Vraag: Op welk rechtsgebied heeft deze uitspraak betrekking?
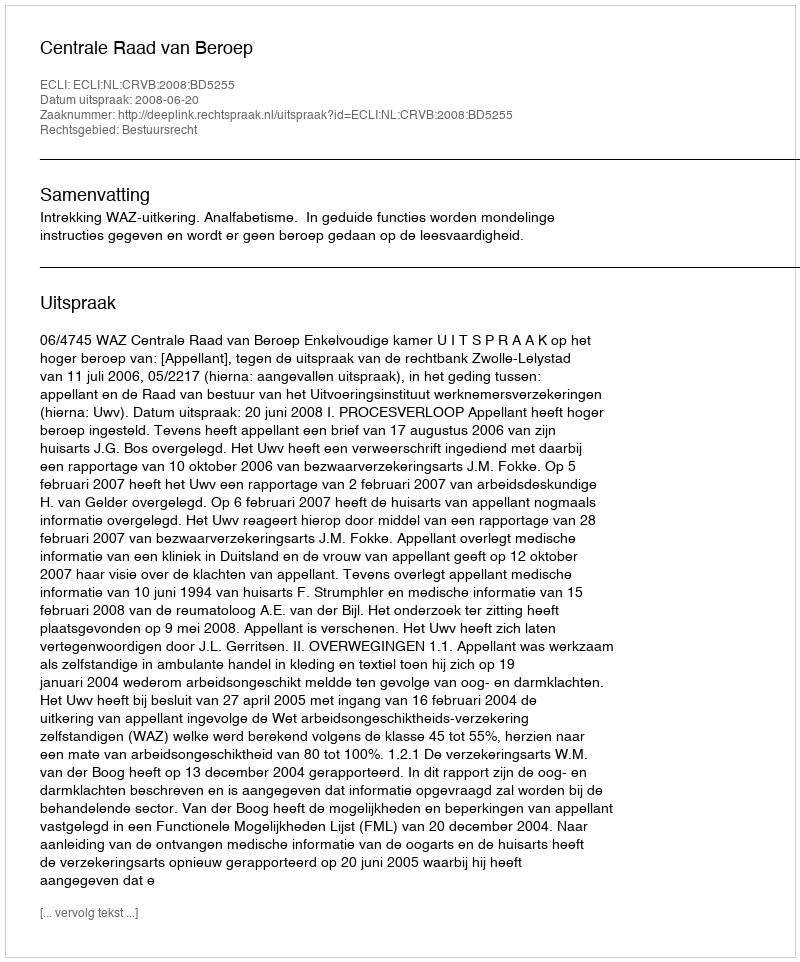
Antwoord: Bestuursrecht